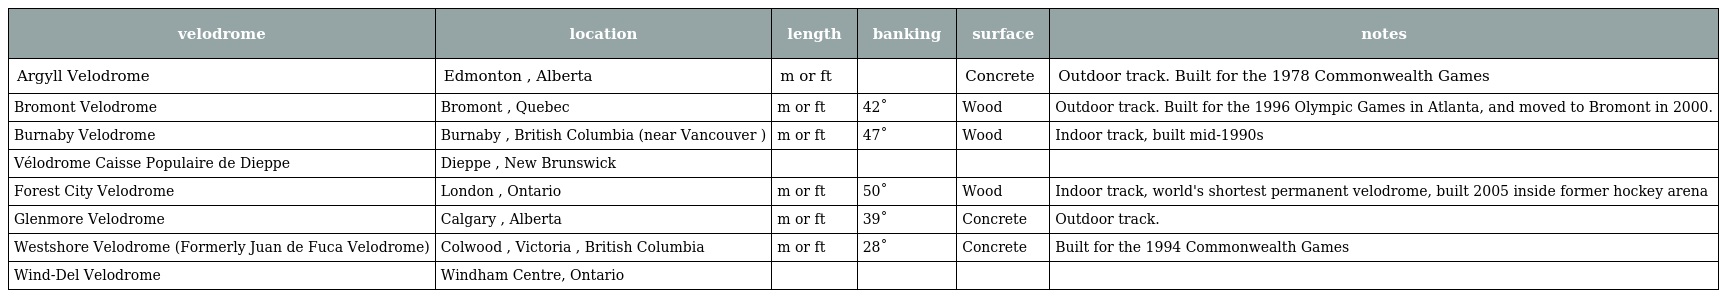
| velodrome | location | length | banking | surface | notes |
 | --- | --- | --- | --- | --- | --- |
 | Argyll Velodrome | Edmonton , Alberta | m or ft |  | Concrete | Outdoor track. Built for the 1978 Commonwealth Games |
 | Bromont Velodrome | Bromont , Quebec | m or ft | 42˚ | Wood | Outdoor track. Built for the 1996 Olympic Games in Atlanta, and moved to Bromont in 2000. |
 | Burnaby Velodrome | Burnaby , British Columbia (near Vancouver ) | m or ft | 47˚ | Wood | Indoor track, built mid-1990s |
 | Vélodrome Caisse Populaire de Dieppe | Dieppe , New Brunswick |  |  |  |  |
 | Forest City Velodrome | London , Ontario | m or ft | 50˚ | Wood | Indoor track, world's shortest permanent velodrome, built 2005 inside former hockey arena |
 | Glenmore Velodrome | Calgary , Alberta | m or ft | 39˚ | Concrete | Outdoor track. |
 | Westshore Velodrome (Formerly Juan de Fuca Velodrome) | Colwood , Victoria , British Columbia | m or ft | 28˚ | Concrete | Built for the 1994 Commonwealth Games |
 | Wind-Del Velodrome | Windham Centre, Ontario |  |  |  |  |